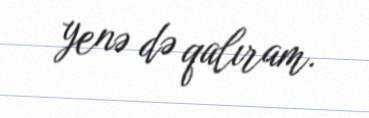
yenə də qalıram.